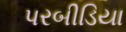
પરબીડિયા